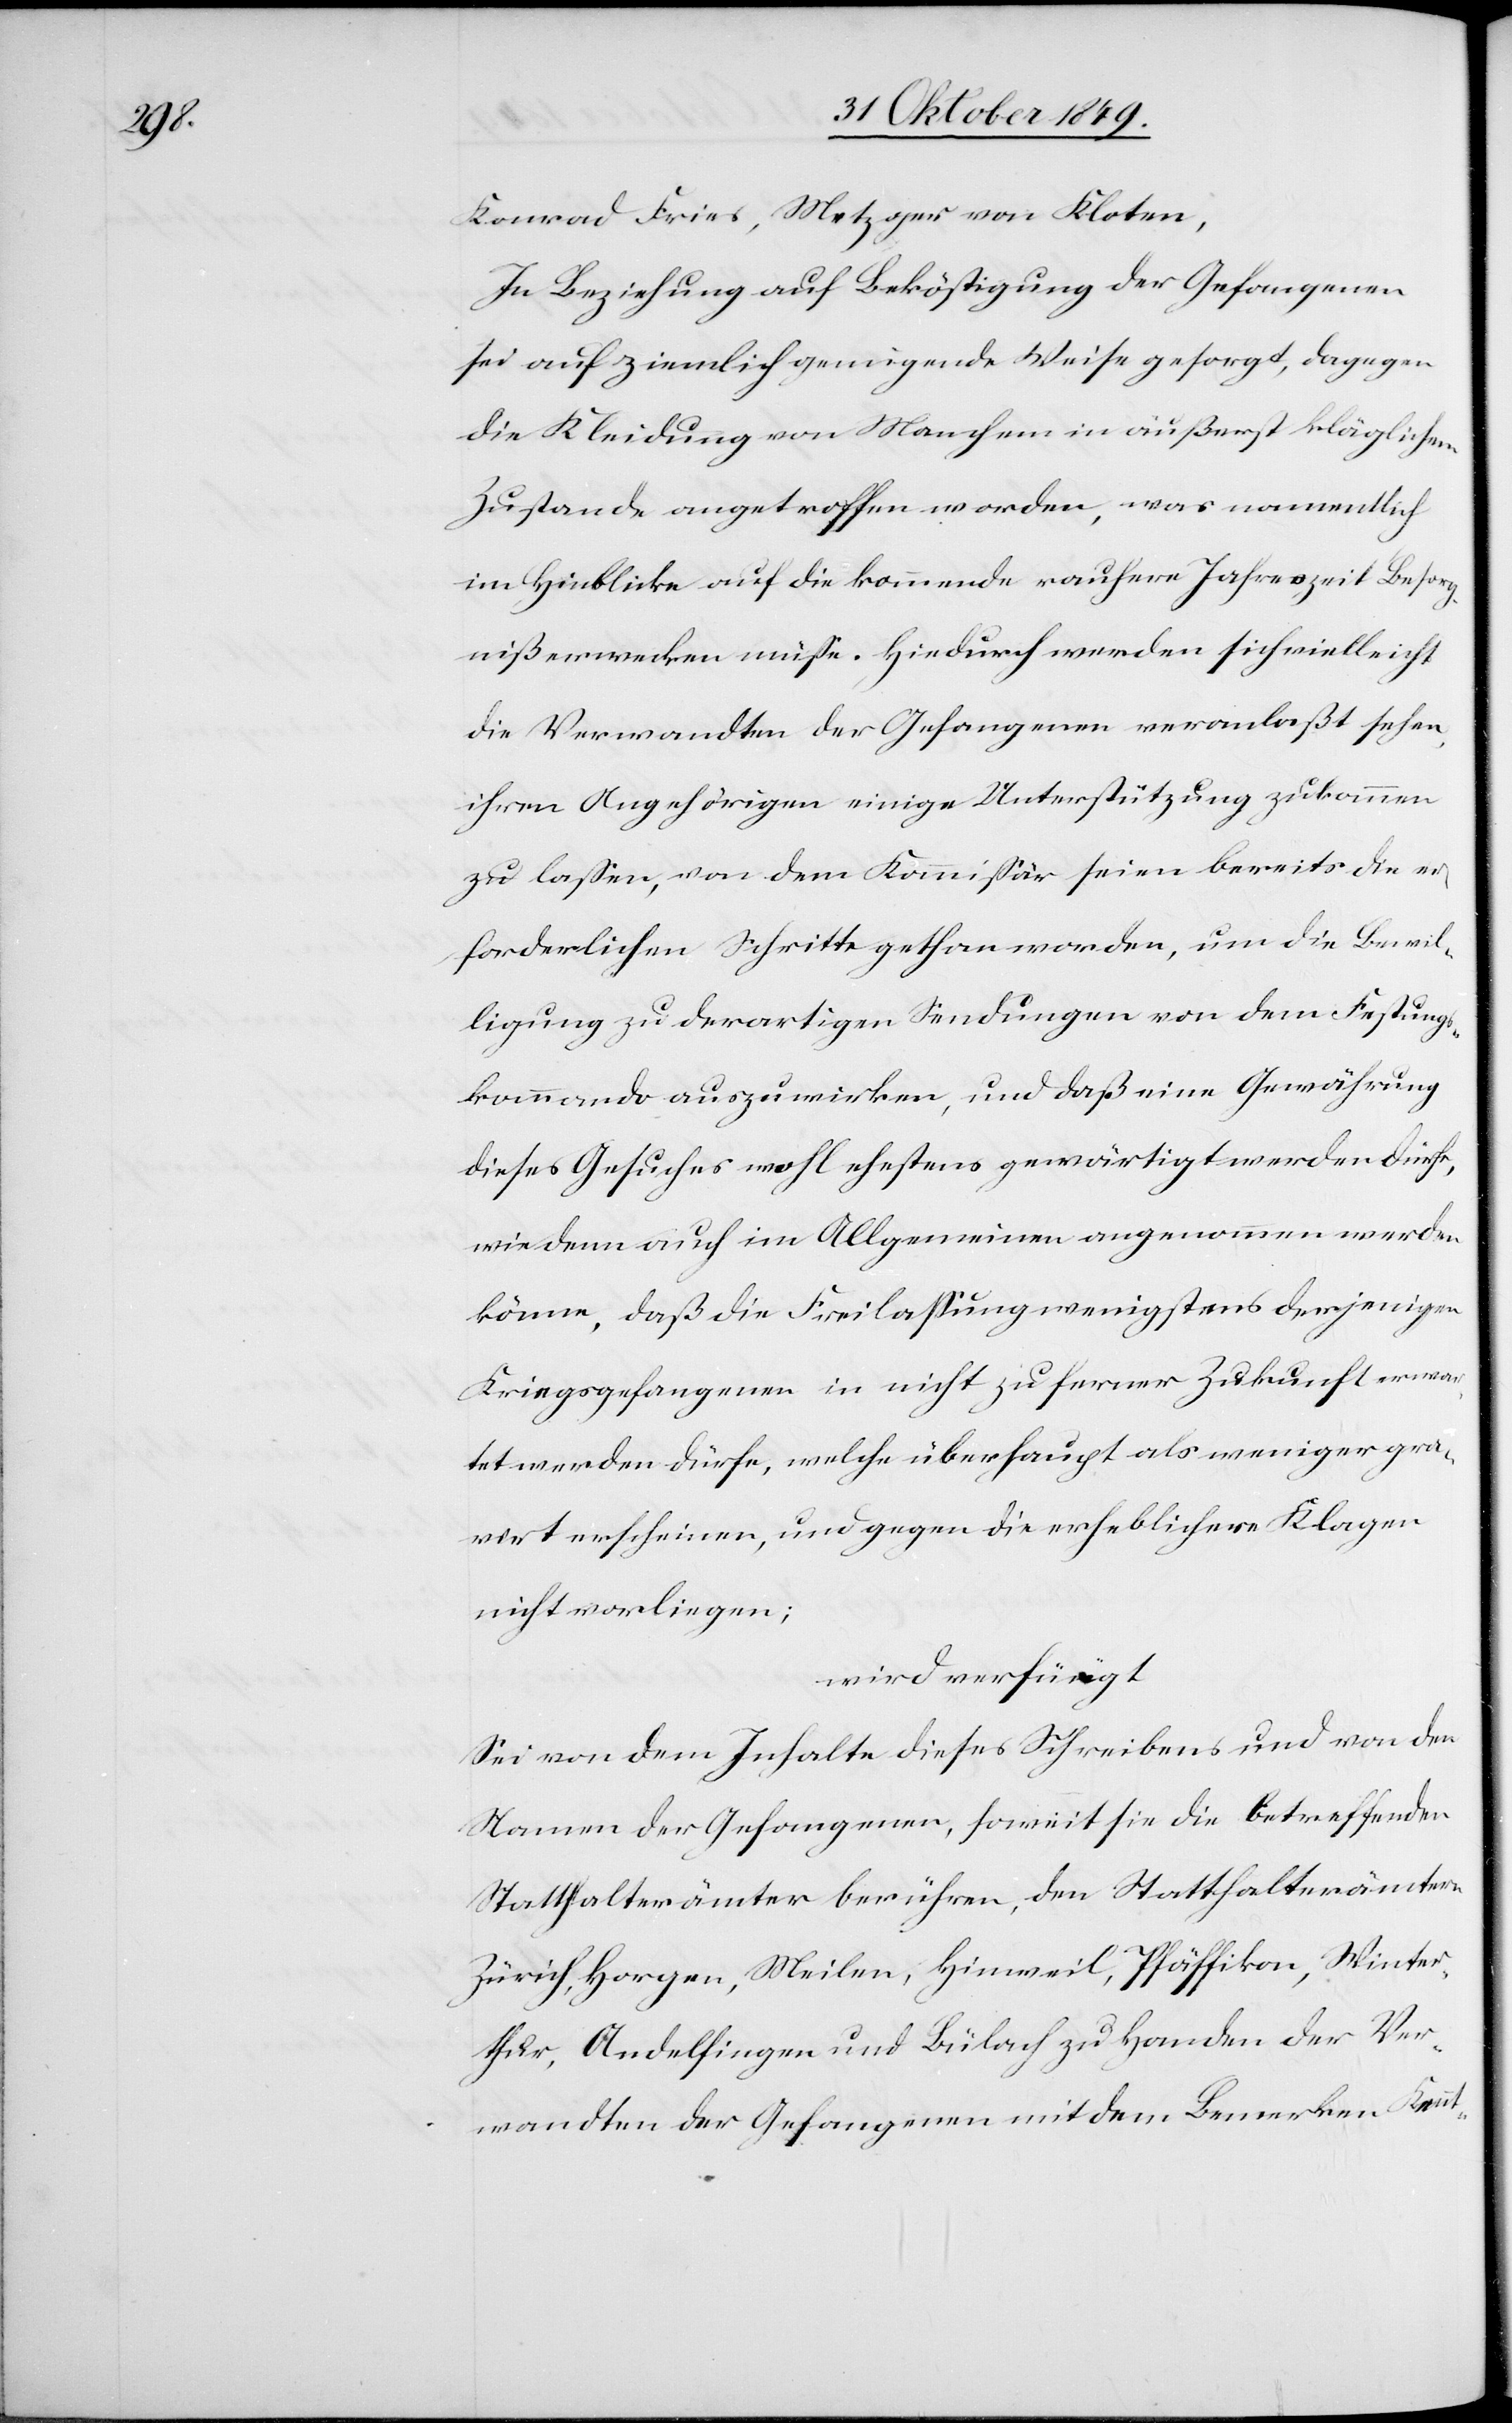
Konrad Fries, Metzger von Kloten,
In Beziehung auf Beköstigung der Gefangenen
sei auf ziemlich genügende Weise gesorgt, dagegen
die Kleidung von Manchem in äußerst kläglichem
Zustande angetroffen worden, was namentlich
im Hinblicke auf die kommende rauhere Jahreszeit Besorg¬
niß erwecken müße. Hiedurch werden sich vielleicht
die Verwandten der Gefangenen veranlaßt sehen,
ihren Angehörigen einige Unterstützung zukommen
zu laßen, von dem Kommißär seien bereits die er¬
forderlichen Schritte gethan worden, um die Bewil¬
ligung zu derartigen Sendungen von dem Festungs¬
kommando auszuwirken, und daß eine Gewährung
dieses Gesuches wohl ehestens gewärtigt werden dürfe,
wie denn auch im Allgemeinen angenommen werden
könne, daß die Freilaßung wenigstens derjenigen
Kriegsgefangenen in nicht zu ferner Zukunft erwar¬
tet werden dürfe, welche überhaupt als weniger gra¬
virt erscheinen, und gegen die erheblichere Klagen
nicht vorliegen;
wird verfügt
Sei von dem Inhalte dieses Schreibens und von den
Namen der Gefangenen, soweit sie die betreffenden
Statthalterämter berühren, den Statthalterämtern
Zürich, Horgen, Meilen, Hinweil, Pfäffikon, Winter¬
thur, Andelfingen und Bülach zu Handen der Ver¬
wandten der Gefangenen mit dem Bemerken Kennt-